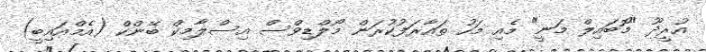
އުރީދޫ "މޮބައިލް މަނީ" މެއި މަހު ތައާރަފުކުރަން މޯލްޑިވްސް އިސްލާމިކް ބޭންކް (އެމްއައިބީ)